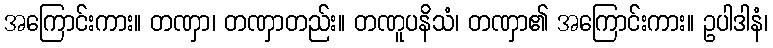
အကြောင်းကား။ တဏှာ၊ တဏှာတည်း။ တဏူပနိသံ၊ တဏှာ၏ အကြောင်းကား။ ဥပါဒါနံ၊